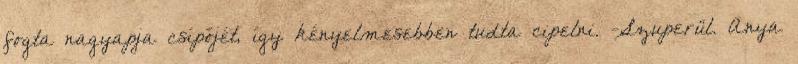
fogta nagyapja csípőjét, így kényelmesebben tudta cipelni. -Szuperül. Anya